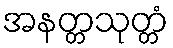
အနတ္တသုတ္တံ